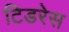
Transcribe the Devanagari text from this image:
टिडरेस